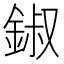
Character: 𨧷